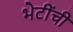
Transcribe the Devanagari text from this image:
भेटींची